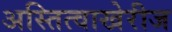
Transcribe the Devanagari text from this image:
अस्तित्वाखेरीज